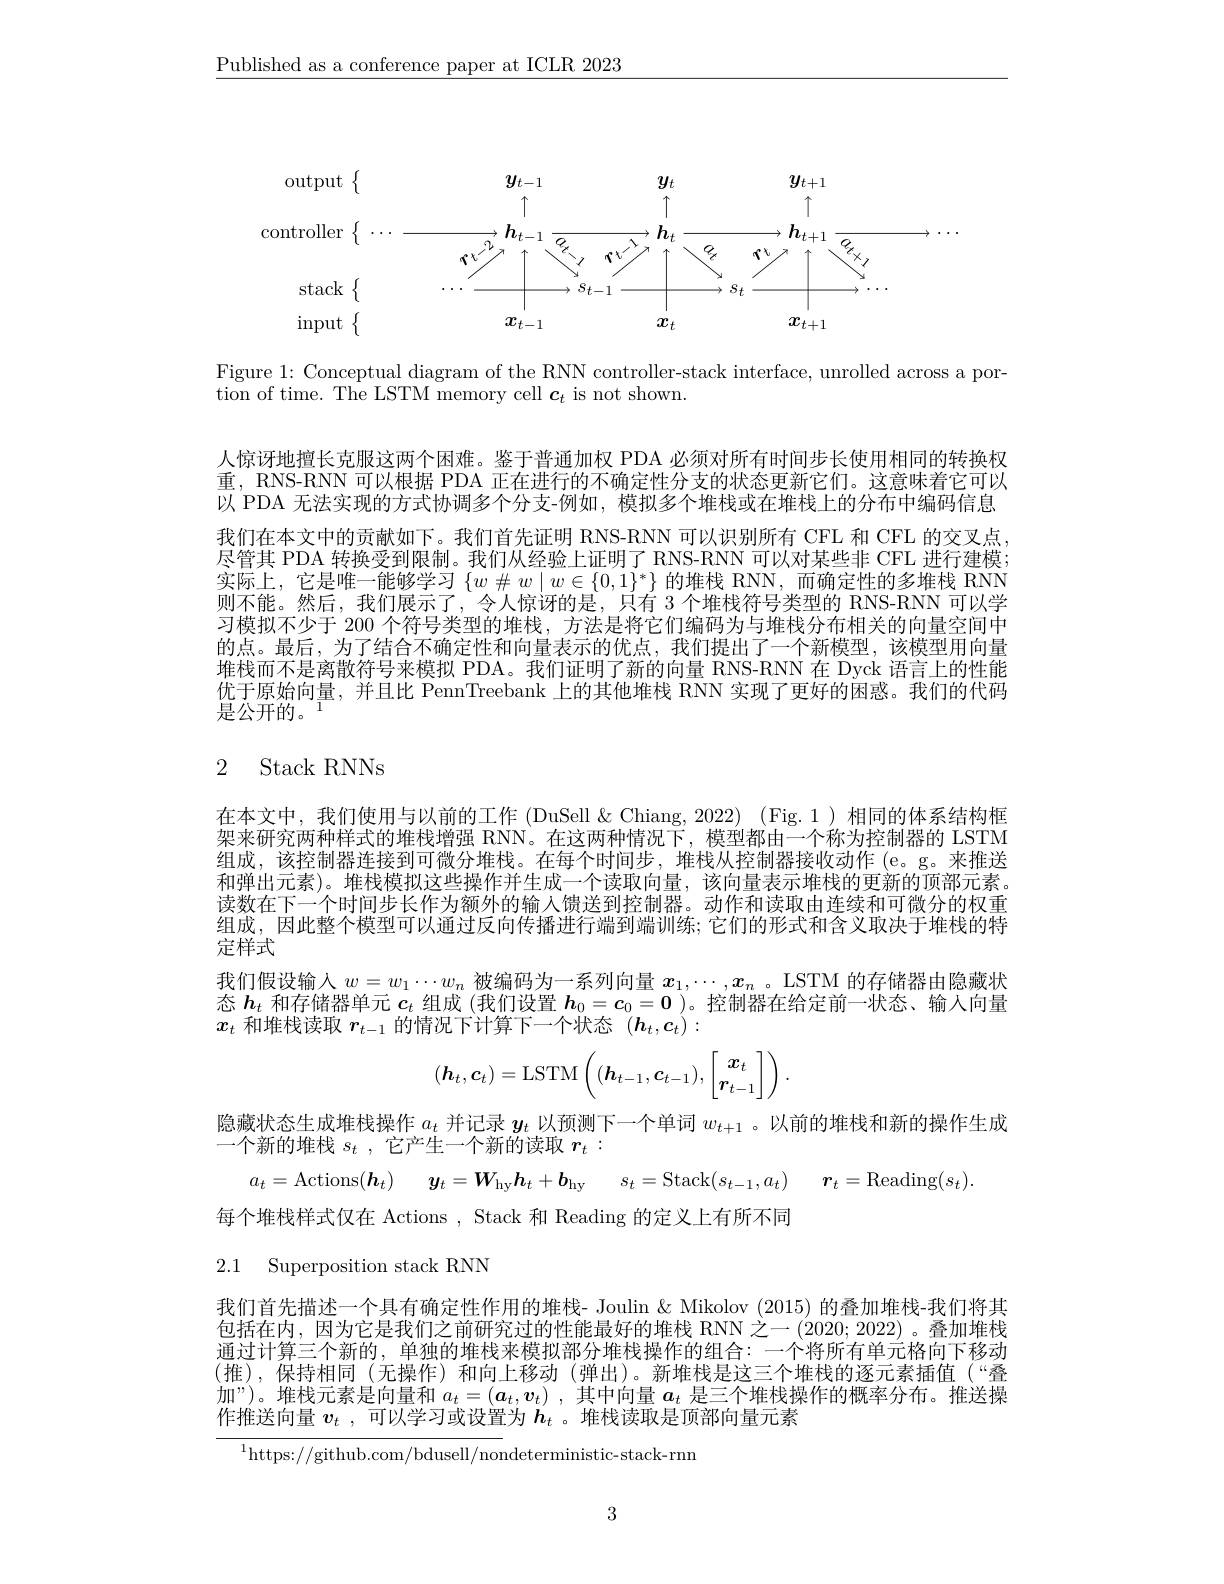
$\underline{\text{Published as a conference paper at ICLR 2023}}$

<FigureHere>

Figure 1: Conceptual diagram of the RNN controller-stack interface, unrolled across a por-
tion of time. The LSTM memory cell $\boldsymbol{c}_t$ is not shown.

人惊讶地擅长克服这两个困难。鉴于普通加权 PDA 必须对所有时间步长使用相同的转换权重，RNS-RNN 可以根据 PDA 正在进行的不确定性分支的状态更新它们。这意味着它可以以 PDA 无法实现的方式协调多个分支-例如，模拟多个堆栈或在堆栈上的分布中编码信息我们在本文中的贡献如下。我们首先证明 RNS-RNN 可以识别所有 CFL 和 CFL 的交叉点， 尽管其 PDA 转换受到限制。我们从经验上证明了 RNS-RNN 可以对某些非 CFL 进行建模实际上，它是唯一能够学习$\{w\#w\mid w\in\{0,1\}^*\}$的堆栈 RNN,而确定性的多堆栈 RNN 则不能。然后，我们展示了，令人惊讶的是，只有 3个堆栈符号类型的 RNS-RNN 可以学习模拟不少于 200 个符号类型的堆栈，方法是将它们编码为与堆栈分布相关的向量空间中的点。最后，为了结合不确定性和向量表示的优点，我们提出了一个新模型，该模型用向量堆栈而不是离散符号来模拟 PDA。我们证明了新的向量 RNS-RNN 在 Dyck 语言上的性能优于原始向量，并且比 PennTreebank 上的其他堆栈 RNN 实现了更好的困惑。我们的代码是公开的。

# 2 Stack RNNs

在本文中，我们使用与以前的工作 (DuSell &Chiang,2022)(Fig.1)相同的体系结构框架来研究两种样式的堆栈增强 RNN。在这两种情况下，模型都由一个称为控制器的 LSTM 组成，该控制器连接到可微分堆栈。在每个时间步，堆栈从控制器接收动作 (e。g。来推送和弹出元素)。堆栈模拟这些操作并生成一个读取向量，该向量表示堆栈的更新的顶部元素。读数在下一个时间步长作为额外的输入馈送到控制器。动作和读取由连续和可微分的权重组成，因此整个模型可以通过反向传播进行端到端训练；它们的形式和含义取决于堆栈的特定样式
我们假设输入$w=w_1\cdots w_n$被编码为一系列向量$x_1,\cdots,x_n$ 。LSTM 的存储器由隐藏状态$h_t$和存储器单元$c_t$组成 (我们设置$h_0=c_0=0$ )。控制器在给定前一状态、输人向量$x_t$和堆栈读取$r_t-1$的情况下计算下一个状态$(\boldsymbol h_t,\boldsymbol c_t):$
$$(\boldsymbol{h}_t,\boldsymbol{c}_t)=\mathrm{LSTM}\left((\boldsymbol{h}_{t-1},\boldsymbol{c}_{t-1}),\begin{bmatrix}\boldsymbol{x}_t\\\boldsymbol{r}_{t-1}\end{bmatrix}\right).$$
隐藏状态生成堆栈操作$a_t$并记录$\boldsymbol{y}_t$以预测下一个单词$w_t+1$ 。以前的堆栈和新的操作生成
一个新的堆栈$s_t$,它产生一个新的读取$r_t:$

$a_{t}=$Actions$( \boldsymbol{h}_t)$ $\boldsymbol{y}_t= \boldsymbol{W}_\mathrm{hy}\boldsymbol{h}_t+ \boldsymbol{b}_\mathrm{hy}$ $s_t=$Stack$( s_t- 1, a_t)$ $\boldsymbol{r}_t=$Reading$(s_t).$

每个堆栈样式仅在 Actions , Stack 和 Reading 的定义上有所不同

2.1 Superposition stack RNN

我们首先描述一个具有确定性作用的堆栈- Joulin & Mikolov (2015) 的叠加堆栈-我们将其包括在内，因为它是我们之前研究过的性能最好的堆栈 RNN 之一 (2020; 2022)。叠加堆栈通过计算三个新的，单独的堆栈来模拟部分堆栈操作的组合：一个将所有单元格向下移动(推),保持相同(无操作)和向上移动(弹出)。新堆栈是这三个堆栈的逐元素插值(“叠加”)。堆栈元素是向量和$a_t=(\boldsymbol{a}_t,\boldsymbol{v}_t)$ ,其中向量$a_t$是三个堆栈操作的概率分布。推送操作推送向量$v_t$ , 可以学习或设置为$h_t$ 。堆栈读取是顶部向量元素

$^{1}$https://github.com/bdusell/nondeterministic-stack-rnn

3